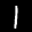
Label: 1